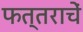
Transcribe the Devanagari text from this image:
फत्तराचें